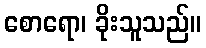
စောရော၊ ခိုးသူသည်။